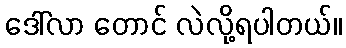
ဒေါ်လာ တောင် လဲလို့ရပါတယ်။